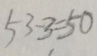
5 3 - 3 = 5 0